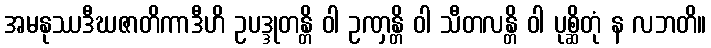
အမနုဿဒီဃဇာတိကာဒီဟိ ဥပဒ္ဒုတန္တိ ဝါ ဥဏှန္တိ ဝါ သီတလန္တိ ဝါ ပုစ္ဆိတုံ န လဘတိ။